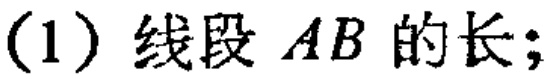
(1) 线段 \(AB\) 的长;